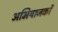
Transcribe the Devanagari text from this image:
अभियाजकों